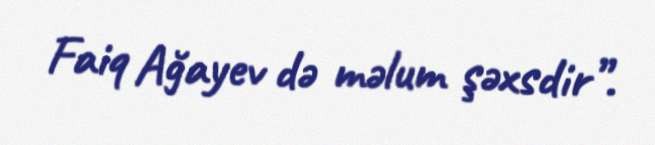
Faiq Ağayev də məlum şəxsdir”.